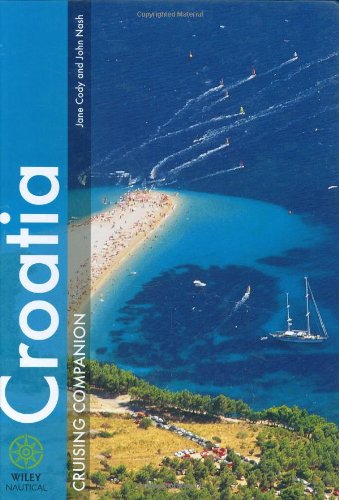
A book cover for Croatia Cruising Companion (Wiley Nautical); Jane Cody; Travel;